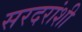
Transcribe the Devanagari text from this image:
सरदरांशी